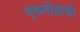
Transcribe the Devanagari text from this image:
एथ्नोग्राफी